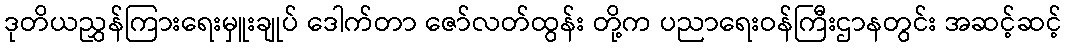
ဒုတိယညွှန်ကြားရေးမှူးချုပ် ဒေါက်တာ ဇော်လတ်ထွန်း တို့က ပညာရေးဝန်ကြီးဌာနတွင်း အဆင့်ဆင့်